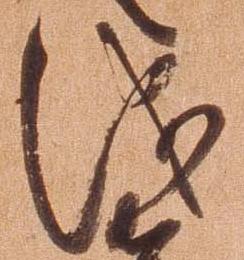
儀